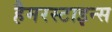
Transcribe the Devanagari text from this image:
हैमरस्टाइन्स